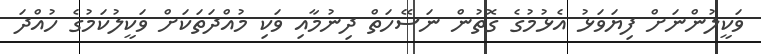
ވަކީލުންނަށް ފިޔަވަޅު އެޅުމުގެ ގޮތުން ނަސޭހަތް ދިނުމާއި ވަކި މުއްދަތަކަށް ވަކީލުކަމުގެ ހުއްދަ